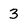
Character: 3